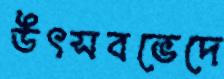
উৎসবভেদে